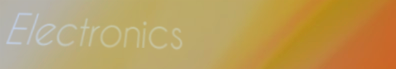
Electronics